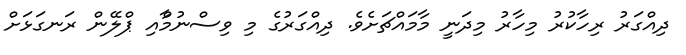
ދިއްގަރު ރިހާކުރު މިހާރު މިދަނީ މާމައްޗަށެވެ. ދިއްގަރުގެ މި ވިސްނުމްާއި ޕްލޭން ރަނގަޅަށް